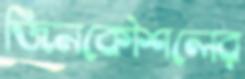
জিনকৌশলের